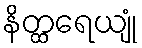
နိတ္ထရေယျုံ